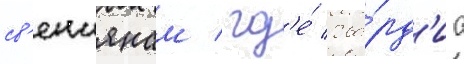
св'енцянам / гд'е́ гва́рд'иа